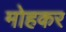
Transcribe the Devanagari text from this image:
मोहकर